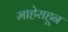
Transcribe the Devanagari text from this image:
माहेराहून